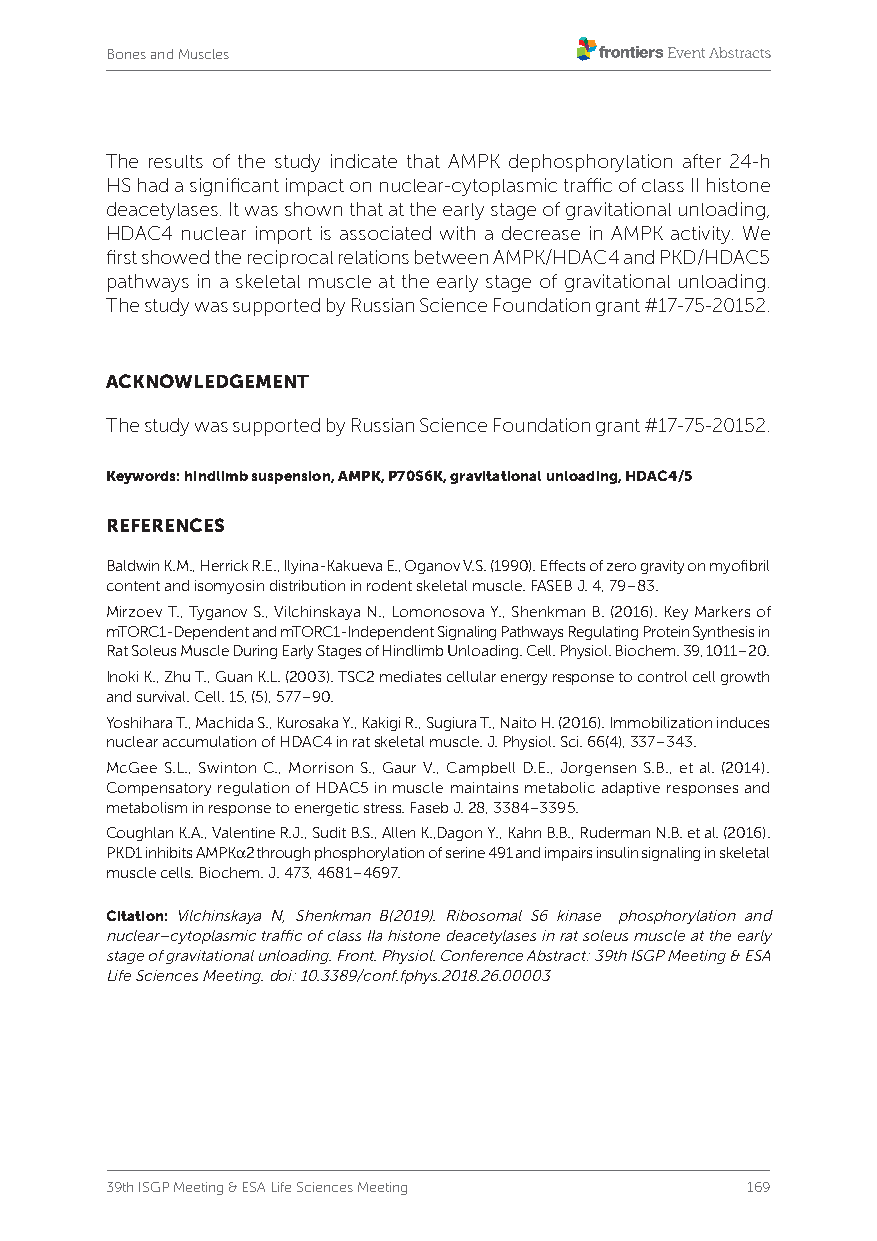
Bones and Muscles
 The results of the study indicate that AMPK dephosphorylation after 24-h
 HS had a significant impact on nuclear-cytoplasmic traffic of class II histone
 deacetylases. It was shown that at the early stage of gravitational unloading,
 HDAC4 nuclear import is associated with a decrease in AMPK activity. We
 first showed the reciprocal relations between AMPK/HDAC4 and PKD/HDAC5
 pathways in a skeletal muscle at the early stage of gravitational unloading.
 The study was supported by Russian Science Foundation grant #17-75-20152.
 ACKNOWLEDGEMENT
 The study was supported by Russian Science Foundation grant #17-75-20152.
 Keywords: hindlimb suspension, AMPK, P70S6K, gravitational unloading, HDAC4/5
 REFERENCES
 Baldwin K.M., Herrick R.E., Ilyina-Kakueva E., Oganov V.S. (1990). Effects of zero gravity on myofibril
 content and isomyosin distribution in rodent skeletal muscle. FASEB J. 4, 79–83.
 Mirzoev T., Tyganov S., Vilchinskaya N., Lomonosova Y., Shenkman B. (2016). Key Markers of
 mTORC1-Dependent and mTORC1-Independent Signaling Pathways Regulating Protein Synthesis in
 Rat Soleus Muscle During Early Stages of Hindlimb Unloading. Cell. Physiol. Biochem. 39, 1011–20.
 Inoki K., Zhu T., Guan K.L. (2003). TSC2 mediates cellular energy response to control cell growth
 and survival. Cell. 15, (5), 577–90.
 Yoshihara T., Machida S., Kurosaka Y., Kakigi R., Sugiura T., Naito H. (2016). Immobilization induces
 nuclear accumulation of HDAC4 in rat skeletal muscle. J. Physiol. Sci. 66(4), 337–343.
 McGee S.L., Swinton C., Morrison S., Gaur V., Campbell D.E., Jorgensen S.B., et al. (2014).
 Compensatory regulation of HDAC5 in muscle maintains metabolic adaptive responses and
 metabolism in response to energetic stress. Faseb J. 28, 3384–3395.
 Coughlan K.A., Valentine R.J., Sudit B.S., Allen K.,Dagon Y., Kahn B.B., Ruderman N.B. et al. (2016).
 PKD1 inhibits AMPKα2 through phosphorylation of serine 491 and impairs insulin signaling in skeletal
 muscle cells. Biochem. J. 473, 4681–4697.
 Citation: Vilchinskaya N, Shenkman B(2019). Ribosomal S6 kinase phosphorylation and
 nuclear–cytoplasmic traffic of class IIa histone deacetylases in rat soleus muscle at the early
 stage of gravitational unloading. Front. Physiol. Conference Abstract: 39th ISGP Meeting & ESA
 Life Sciences Meeting. doi: 10.3389/conf.fphys.2018.26.00003
 39th ISGP Meeting & ESA Life Sciences Meeting 169